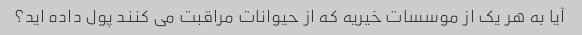
آیا به هر یک از موسسات خیریه که از حیوانات مراقبت می کنند پول داده اید؟